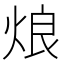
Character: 烺